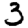
Digit: 3